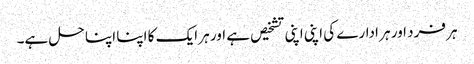
ہر فرد اور ہر ادارے کی اپنی اپنی تشخیص ہے اور ہر ایک کا اپنا اپنا حل ہے۔